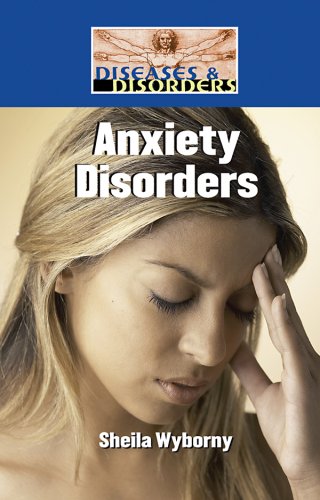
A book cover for Anxiety Disorders (Diseases and Disorders); Sheila Wyborny; Teen & Young Adult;